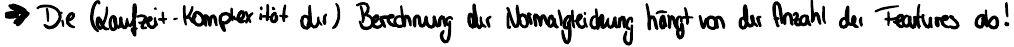
-> Die (Laufzeit-Komplexität der) Berechnung der Normalgleichung hängt von der Anzahl der Features ab!